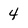
Character: 4